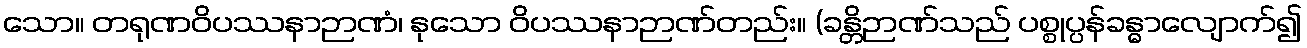
သော။ တရုဏဝိပဿနာဉာဏံ၊ နုသော ဝိပဿနာဉာဏ်တည်း။ (ခန္တိဉာဏ်သည် ပစ္စုပ္ပန်ခန္ဓာလျောက်၍